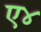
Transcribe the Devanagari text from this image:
ए४